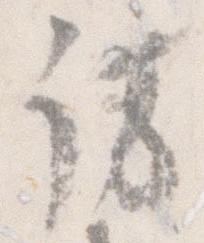
訪